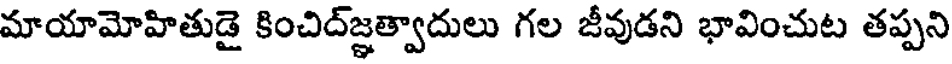
మాయామోహితుడై కించిద్జ్ఞత్వాదులు గల జీవుడని భావించుట తప్పని